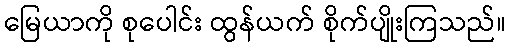
မြေယာကို စုပေါင်း ထွန်ယက် စိုက်ပျိုးကြသည်။